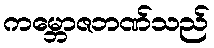
ကမ္ဘောဇဘဏ်သည်